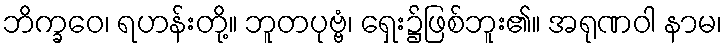
ဘိက္ခဝေ၊ ရဟန်းတို့။ ဘူတပုဗ္ဗံ၊ ရှေး၌ဖြစ်ဘူး၏။ အရုဏဝါ နာမ၊